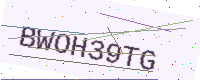
Text: BWOH39TG